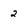
Character: 2